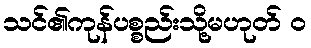
သင်၏ကုန်ပစ္စည်းသို့မဟုတ် ၀